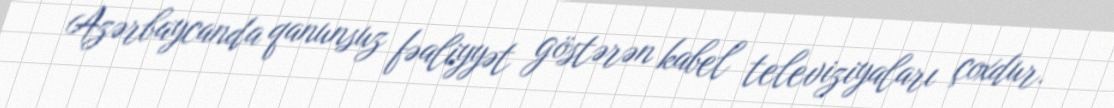
Azərbaycanda qanunsuz fəaliyyət göstərən kabel televiziyaları çoxdur.